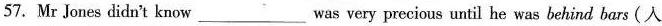
57.Mr Jones didn't know___was very precious until he was behind bars (人